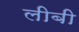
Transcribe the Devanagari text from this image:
लीबी